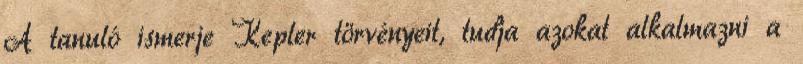
A tanuló ismerje Kepler törvényeit, tudja azokat alkalmazni a